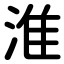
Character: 淮